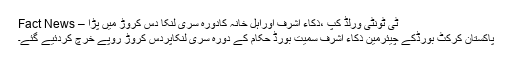
ٹی ٹونٹی ورلڈ کپ ،ذکاء اشرف اوراہل خانہ کادورہ سری لنکا دس کروڑ میں پڑا – Fact News
پاکستان کرکٹ بورڈکے چیئرمین ذکاء اشرف سمیت بورڈ حکام کے دورہ سری لنکاپردس کروڑ روپے خرچ کردئیے گئے۔